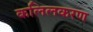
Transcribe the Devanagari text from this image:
कलिलकरण